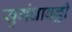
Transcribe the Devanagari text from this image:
सुगंधावल्ली